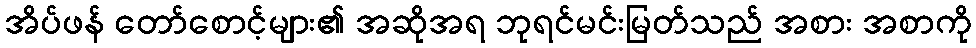
အိပ်ဖန် တော်စောင့်များ၏ အဆိုအရ ဘုရင်မင်းမြတ်သည် အစား အစာကို